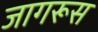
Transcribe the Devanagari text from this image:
जागरूस